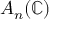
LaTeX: A _ { n } ( \mathbb { C } )